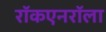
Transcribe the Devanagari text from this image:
राॅकएनराॅला